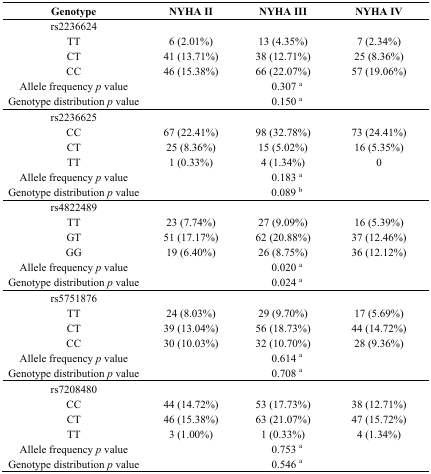
<table><thead><tr><td><b>Genotype</b></td><td><b>NYHA II</b></td><td><b>NYHA III</b></td><td><b>NYHA IV</b></td></tr></thead><tbody><tr><td>rs2236624</td><td></td><td></td><td></td></tr><tr><td>TT</td><td>6 (2.01%)</td><td>13 (4.35%)</td><td>7 (2.34%)</td></tr><tr><td>CT</td><td>41 (13.71%)</td><td>38 (12.71%)</td><td>25 (8.36%)</td></tr><tr><td>CC</td><td>46 (15.38%)</td><td>66 (22.07%)</td><td>57 (19.06%)</td></tr><tr><td>Allele frequency <i>p</i> value</td><td colspan="3">0.307 <sup>a</sup></td></tr><tr><td>Genotype distribution<i> p</i> value</td><td colspan="3">0.150 <sup>a</sup></td></tr><tr><td>rs2236625</td><td></td><td></td><td></td></tr><tr><td>CC</td><td>67 (22.41%)</td><td>98 (32.78%)</td><td>73 (24.41%)</td></tr><tr><td>CT</td><td>25 (8.36%)</td><td>15 (5.02%)</td><td>16 (5.35%)</td></tr><tr><td>TT</td><td>1 (0.33%)</td><td>4 (1.34%)</td><td>0</td></tr><tr><td>Allele frequency<i> p</i> value</td><td colspan="3">0.183 <sup>a</sup></td></tr><tr><td>Genotype distribution<i> p</i> value</td><td colspan="3">0.089 <sup>b</sup></td></tr><tr><td>rs4822489</td><td></td><td></td><td></td></tr><tr><td>TT</td><td>23 (7.74%)</td><td>27 (9.09%)</td><td>16 (5.39%)</td></tr><tr><td>GT</td><td>51 (17.17%)</td><td>62 (20.88%)</td><td>37 (12.46%)</td></tr><tr><td>GG</td><td>19 (6.40%)</td><td>26 (8.75%)</td><td>36 (12.12%)</td></tr><tr><td>Allele frequency <i>p</i> value</td><td colspan="3">0.020 <sup>a</sup></td></tr><tr><td>Genotype distribution<i> p</i> value</td><td colspan="3">0.024 <sup>a</sup></td></tr><tr><td>rs5751876</td><td></td><td></td><td></td></tr><tr><td>TT</td><td>24 (8.03%)</td><td>29 (9.70%)</td><td>17 (5.69%)</td></tr><tr><td>CT</td><td>39 (13.04%)</td><td>56 (18.73%)</td><td>44 (14.72%)</td></tr><tr><td>CC</td><td>30 (10.03%)</td><td>32 (10.70%)</td><td>28 (9.36%)</td></tr><tr><td>Allele frequency <i>p</i> value</td><td colspan="3">0.614 <sup>a</sup></td></tr><tr><td>Genotype distribution <i>p</i> value</td><td colspan="3">0.708 <sup>a</sup></td></tr><tr><td>rs7208480</td><td></td><td></td><td></td></tr><tr><td>CC</td><td>44 (14.72%)</td><td>53 (17.73%)</td><td>38 (12.71%)</td></tr><tr><td>CT</td><td>46 (15.38%)</td><td>63 (21.07%)</td><td>47 (15.72%)</td></tr><tr><td>TT</td><td>3 (1.00%)</td><td>1 (0.33%)</td><td>4 (1.34%)</td></tr><tr><td>Allele frequency<i> p</i> value</td><td colspan="3">0.753 <sup>a</sup></td></tr><tr><td>Genotype distribution <i>p</i> value</td><td colspan="3">0.546 <sup>a</sup></td></tr></tbody></table>